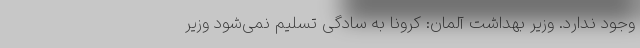
وجود ندارد. وزیر بهداشت آلمان: کرونا به سادگی تسلیم نمی‌شود وزیر